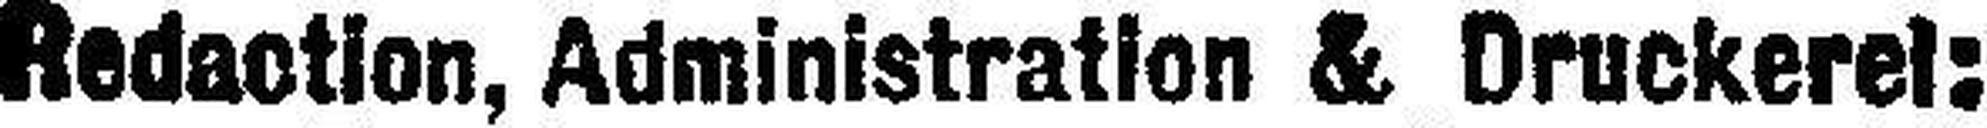
Redaction, Administration & Druckerei: